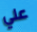
علي